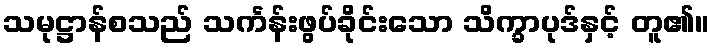
သမုဋ္ဌာန်စသည် သင်္ကန်းဖွပ်ခိုင်းသော သိက္ခာပုဒ်နှင့် တူ၏။